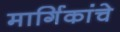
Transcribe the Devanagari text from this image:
मार्गिकांचे